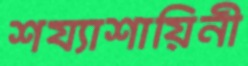
শয্যাশায়িনী